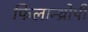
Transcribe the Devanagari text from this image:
फिलान्थ्रोपी